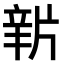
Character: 𤗔